Vaccination in Bombay 1913-1923 - 1913-1923
Year: 1913
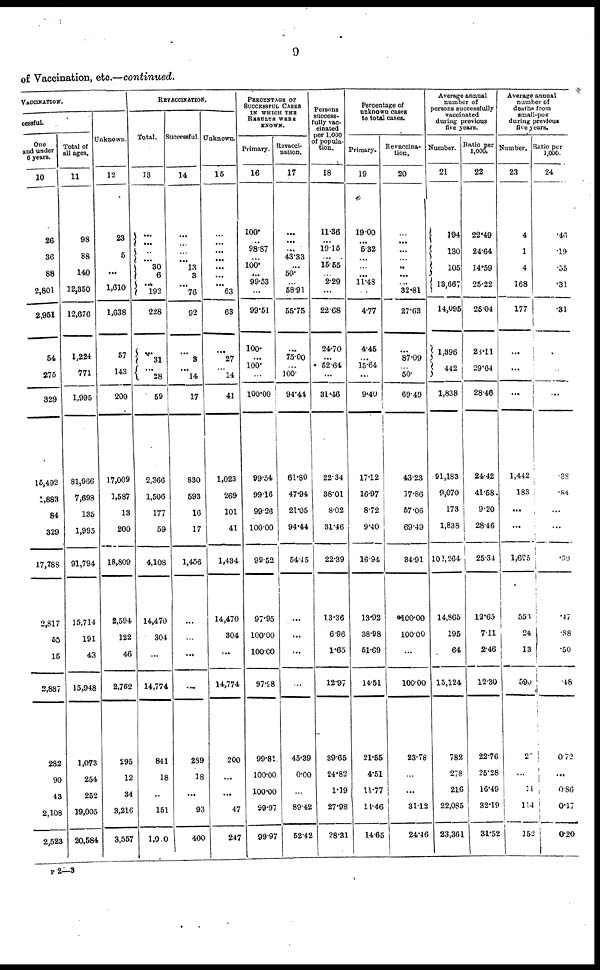
9
of Vaccination, etc.—continued.
VACCINATION.
cessful.
One
and under
6 years.
10
26
36
88
2,801
2,961
54
275
329
16,492
1,883
84
329
17,788
2,817
55
15
2,887
282
90
43
2,108
2,523
Total of
all ages.
11
98
88
140
12,350
12,676
1,224
771
1,995
81,966
7,698
185
1,995
91,794
15,714
191
43
15,948
1,073
254
252
19,005
20,584
Unknown.
12
23
5
...
1,610
1,638
57
143
200
17,009
1,587
13
200
18,809
2,594
122
46
2,762
295
12
34
3,216
3,557
REVACCINATION.
Total.
13
...
...
...
... 30
6
...
192
228
...
31
...
28
59
2,366
1,506
177
59
4,108
14,470
304
...
14,774
841
18
..
151
1,0.0
Successful.
14
...
...
...
...
13
3
...
76
92
...
3
...
14
17
830
593
16
17
1,456
...
...
...
...
289
18
...
93
400
Unknown.
15
...
...
...
...
...
...
...
63
63
...
27
...
14
41
1,023
269
101
41
1,434
14,470
304
...
14,774
200
...
...
47
247
PERCENTAGE OF
SUCCESSFUL CASES
IN WHICH THE
RESULTS WERE
KNOWN.
Primary.
16
100.
...
98.87
...
100.
...
99.53
...
99.51
100.
...
100.
...
100.00
99.54
99.16
99.26
100.00
99.52
97.95
100.00
100.00
97.98
99.81.
100.00
100.00
99.97
99.97
Revacci¬
nation.
17
...
...
...
43.33
...
50.
...
58.91
55.75
...
75.00
...
100.
94.44
61.80
47.94
21.05
94.44
54.45
...
...
...
...
45.39
0.00
...
89.42
52.42
Persons
success-
fully vac-
cinated
per 1,000
of popula-
tion.
18
11.36
...
1916
...
15.55
...
2.29
...
22.68
24.70
...
52.64
...
31.46
22.34
38.01
8.02
31.46
22.39
13.36
6.96
1.65
12.97
39.65
24.82
1.19
27.98
28.31
Percentage of
unknown cases
to total cases.
Primary.
19
19.00
...
5.32
...
...
...
11.48
4.77
4.45
...
15.64
...
9.40
17.12
16.97
8.72
9.40
16.94
13.92
38.98
51.69
14.51
21.55
4.51
11.77
14.46
14.65
Re vaccina-
tion.
20
...
...
...
...
...
...
...
32.81
27.63
...
87.09
...
50.
69.49
43.23
17.86
57.06
69.49
34.91
100.00
100.00
...
100.00
23.78
...
...
31.12
24.46
Average annual
number of
persons successfully
vaccinated
during previous
five years.
Number.
21
194
130
105
13,667
14,095
1,396
442
1,838
91,183
9,070
173
1,838
102,264
14,865
195
64
15,124
782
278
216
22,085
23,361
Ratio per
1,000.
22
22.49
24.64
14.59
25.22
25.04
28.11
29.64
28.46
24.42
41.58
9.20
28.46
25.34
12.65
7.11
2.46
12.30
22.76
25.28
16.49
32.19
31.52
Average annual
number of
deaths from
small-pox
during previous
five years.
Number.
23
4
1
4
168
177
...
...
...
1,442
183
...
...
1,625
553
24
13
590
20
...
11
114
152
Ratio per
1,000.
24
.46
.19
.55
.31
.31
...
...
...
.38
.84
...
...
.39
.47
.88
.50
.48
0.72
...
0.86
0.17
0.20
P 2— 3